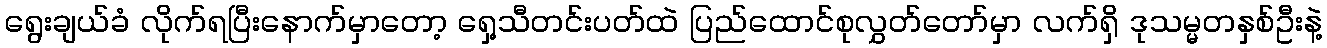
ရွေးချယ်ခံ လိုက်ရပြီးနောက်မှာတော့ ရှေ့သီတင်းပတ်ထဲ ပြည်ထောင်စုလွှတ်တော်မှာ လက်ရှိ ဒုသမ္မတနှစ်ဦးနဲ့